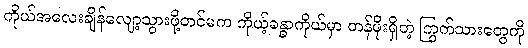
ကိုယ်အလေးချိန်လျော့သွားဖို့တင်မက ကိုယ့်ခန္ဓာကိုယ်မှာ တန်ဖိုးရှိတဲ့ ကြွက်သားတွေကို